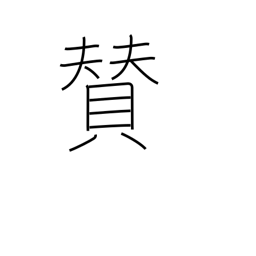
Meaning: title or inscription on picture